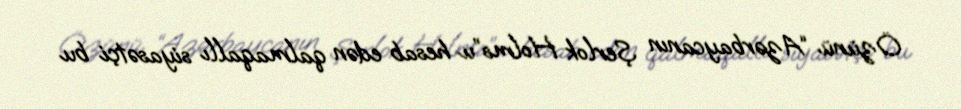
Özünü “Azərbaycanın Şerlok Holms”u hesab edən qalmaqallı siyasətçi bu